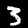
Digit: 3